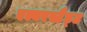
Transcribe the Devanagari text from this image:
एल्बरस्टैड्ट